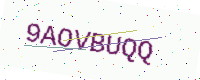
Text: 9AOVBUQQ